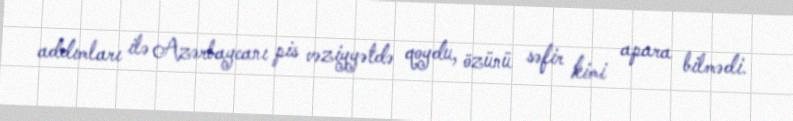
addımları ilə Azərbaycanı pis vəziyyətdə qoydu, özünü səfir kimi apara bilmədi.